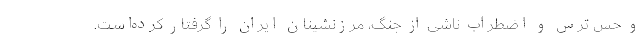
و حس ترس و اضطراب ناشی از جنگ، مرزنشینان ایران را گرفتار کرده‌است.